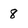
Character: 8